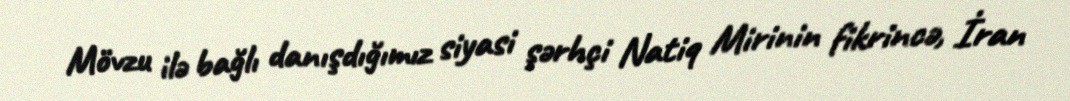
Mövzu ilə bağlı danışdığımız siyasi şərhçi Natiq Mirinin fikrincə, İran